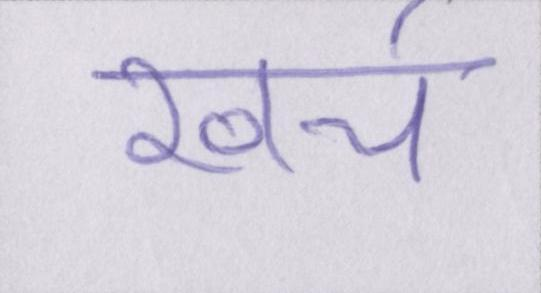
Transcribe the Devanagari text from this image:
खच॔